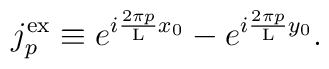
j_p^{\rm ex} \equiv e^{i\frac{2\pi p}{\rm L}x_{0}} - e^{i\frac{2\pi p}{\rm L}y_0}.